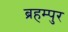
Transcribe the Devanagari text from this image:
ब्रहम्पुर